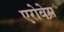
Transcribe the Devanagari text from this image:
एरोबेस